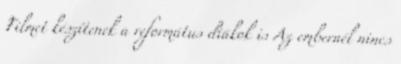
Filmet készítenek a református diákok is Az embernél nincs